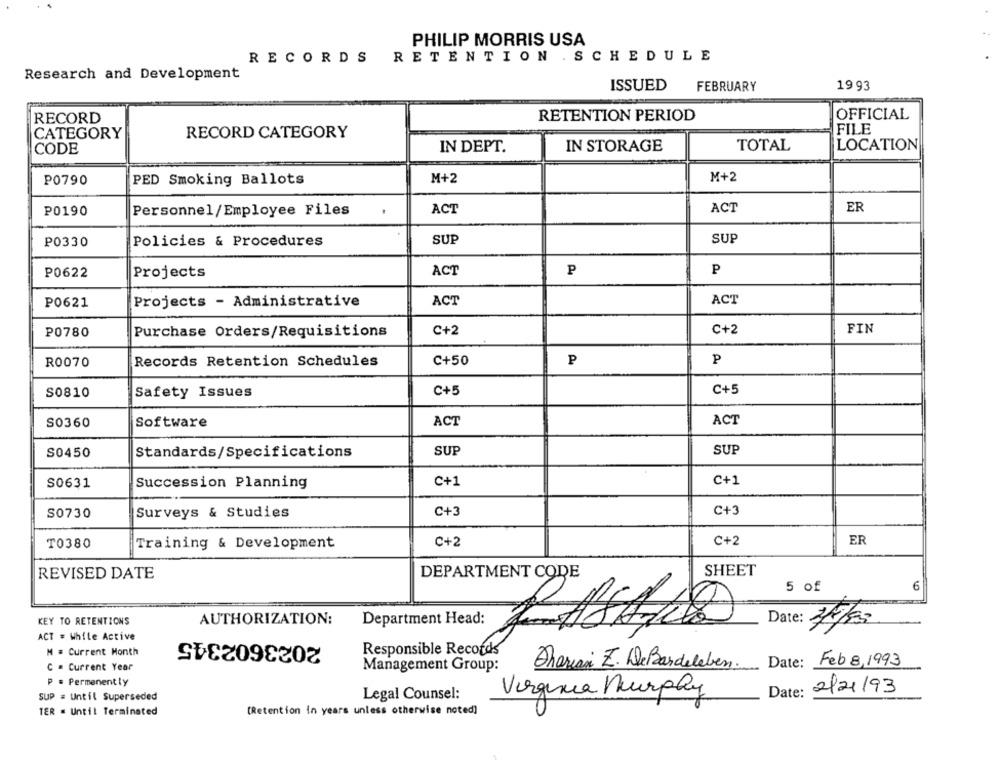
PHILIP MORRIS USA
RECORDS
RETENTION . SCHEDULE
Research and Development
ISSUED
FEBRUARY
19 93
RECORD
RETENTION PERIOD
OFFICIAL
FILE
CATEGORY
RECORD CATEGORY
LOCATION
CODE
IN DEPT.
IN STORAGE
TOTAL
P0790
PED Smoking Ballots
M+2
M+2
ER
P0190
Personnel/Employee Files
ACT
ACT
P0330
Policies & Procedures
SUP
SUP
P0622
Projects
ACT
P
P
P0621
Projects - Administrative
ACT
ACT
FIN
P0780
Purchase Orders/Requisitions
C+2
C+2
P
R0070
Records Retention Schedules
C+50
P
C+5
S0810
Safety Issues
C+5
ACT
S0360
Software
ACT
SUP
SUP
S0450
Standards/Specifications
C+1
S0631
Succession Planning
C+1
C+3
C+3
S0730
Surveys & Studies
C+2
C+2
ER
T0380
Training & Development
DEPARTMENT CODE
SHEET
REVISED DATE
5 of
6
KEY TO RETENTIONS
AUTHORIZATION:
Department Head:
Date: 27/530
2023602345
ACT = While Active
M = Current Month
Responsible Records
Date: Feb 8,1993
C = Current Year
Management Group:
Shariani Z. DeBardeleben.
P = Permanently
SUP = Until Superseded
Legal Counsel:
Virginia Murphy
Date: 2/21/93
TER = Until Terminated
(Retention in years unless otherwise noted]